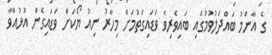
ގެ އާންމު ބައްދަލުވުމުގައި ބައިވެރިވެ ވަޑައިގަތުމަށް މިހާރު ނިއު ޔޯކަށް ވަޑައިގެން އުޅުއްވާ